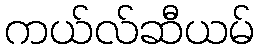
ကယ်လ်ဆီယမ်